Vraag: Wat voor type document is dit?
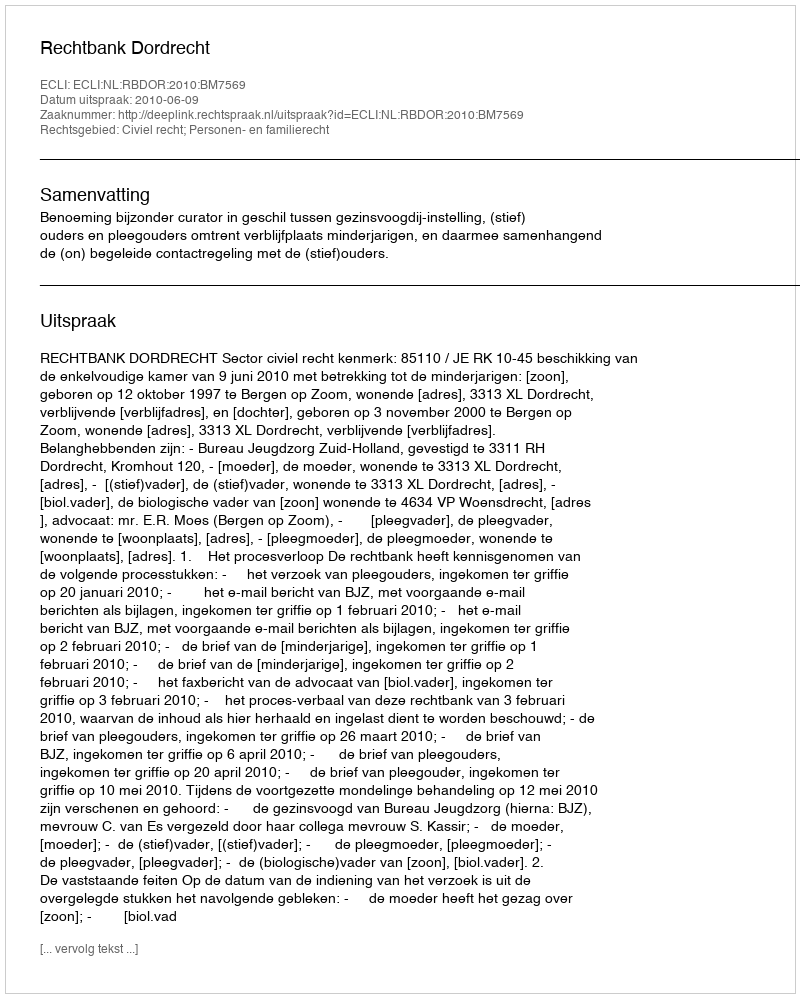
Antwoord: Uitspraak